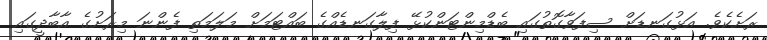
ރަށެކެވެ. އަޅުގަނޑަށް ސިފަވާގޮތުގައި ބެޑްމިންޓަންކުޅޭ ފިލާގަނޑެއްގެ ބައްޓަމަށް މަލަމަތި ފެންނަ މިރަށުގެ އާބާދީގައި